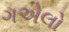
ગએલો